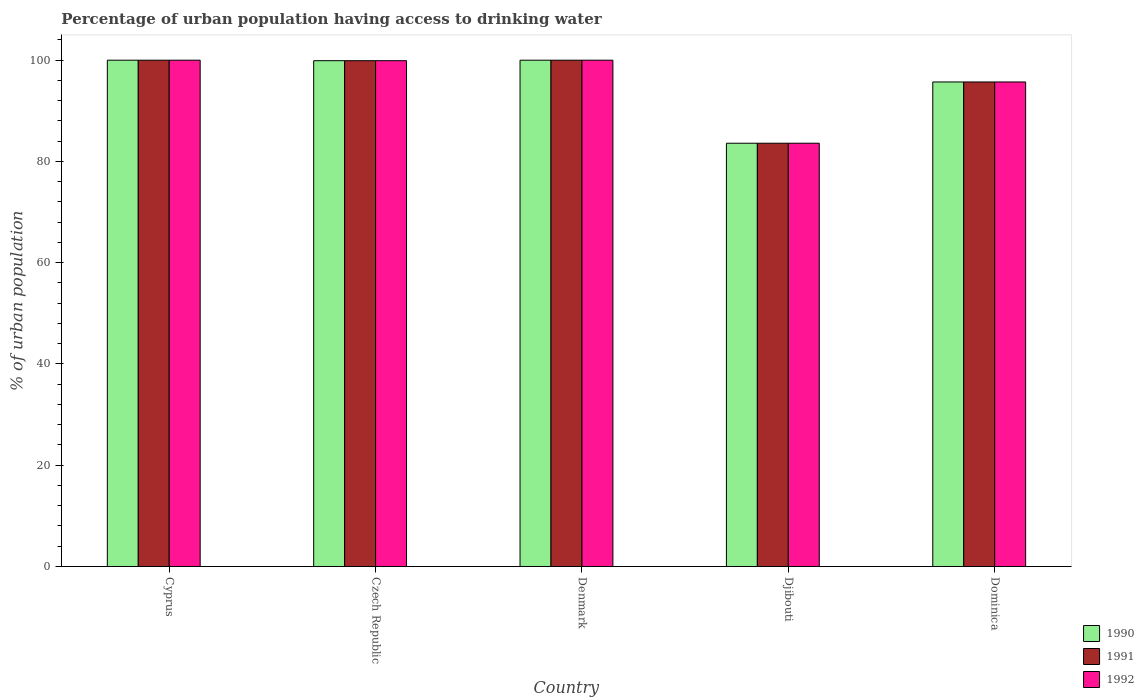
| Country | 1990 | 1991 | 1992 |
 | --- | --- | --- | --- |
 | Cyprus | 100 | 100 | 100 |
 | Czech Republic | 99.9 | 99.9 | 99.9 |
 | Denmark | 100 | 100 | 100 |
 | Djibouti | 83.6 | 83.6 | 83.6 |
 | Dominica | 95.7 | 95.7 | 95.7 |